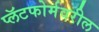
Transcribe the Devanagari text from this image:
प्लॅटफोर्मवरील